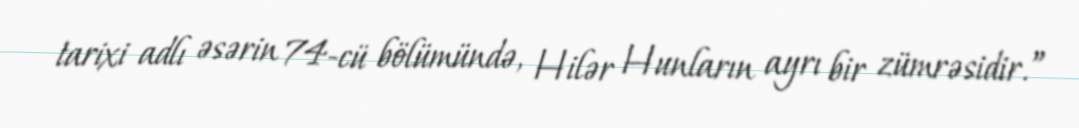
tarixi adlı əsərin 74-cü bölümündə, Hilər Hunların ayrı bir zümrəsidir.”